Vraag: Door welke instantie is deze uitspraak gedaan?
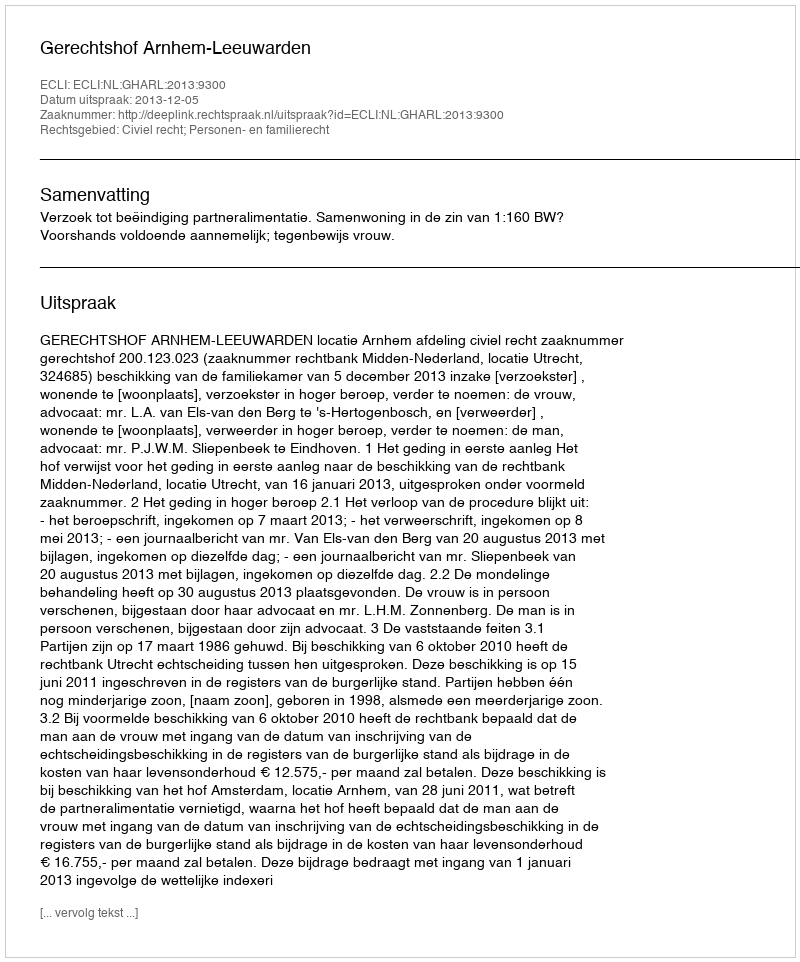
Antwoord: Gerechtshof Arnhem-Leeuwarden